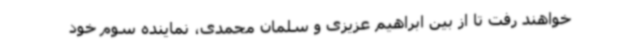
خواهند رفت تا از بین ابراهیم عزیزی و سلمان محمدی، نماینده سوم خود